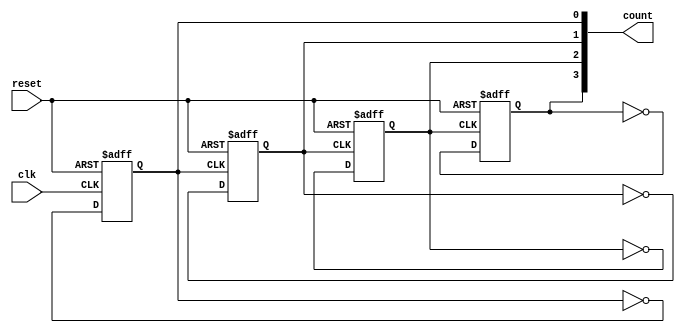
module async_counter (
    input wire clk,        // Clock input
    input wire reset,      // Asynchronous reset input
    output reg [n-1:0] count // Counter output (n bits)
);
    parameter n = 4; // Number of bits in the counter

    // Always block for the LSB flip-flop
    always @(posedge clk or posedge reset) begin
        if (reset) begin
            count[0] <= 1'b0; // Reset LSB to 0
        end else begin
            count[0] <= ~count[0]; // Toggle LSB
        end
    end

    // Always block for the other flip-flops
    genvar i;
    generate
        for (i = 1; i < n; i = i + 1) begin : ripple_ff
            always @(posedge count[i-1] or posedge reset) begin
                if (reset) begin
                    count[i] <= 1'b0; // Reset the flip-flop to 0
                end else begin
                    count[i] <= ~count[i]; // Toggle the flip-flop
                end
            end
        end
    endgenerate

endmodule